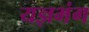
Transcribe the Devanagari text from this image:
यज्ञभंग